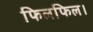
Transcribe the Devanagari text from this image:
फिलफिल।